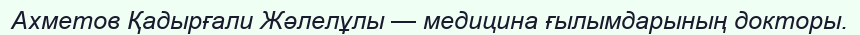
Ахметов Қадырғали Жәлелұлы — медицина ғылымдарының докторы.